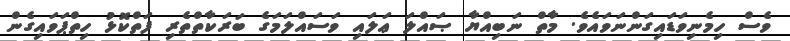
ވެސް ހިމެނިވަޑައިގަންނަވައެވެ. މާތް ނަބިއްޔާ ޞައްލަ ޢަލައި ވަސައްލަމަގެ ބަރަކާތްތެރި ފަތްކޮޅު ހިތްޕަވައިގެން